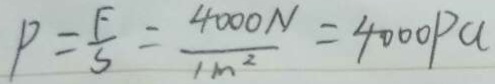
P = \frac { F } { S } = \frac { 4 0 0 0 N } { 1 m ^ { 2 } } = 4 0 0 0 P a